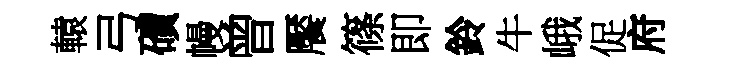
轅弓磧幔曾饜篠即鈴牛峨促府